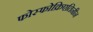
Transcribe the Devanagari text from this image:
फोस्फोक्रिएतिनीन